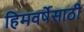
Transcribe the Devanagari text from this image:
हिमवर्षेसाठी